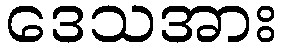
ဒေသအား